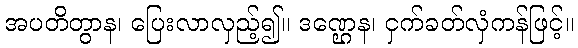
အပတိတွာန၊ ပြေးလာလှည့်၍။ ဒဏ္ဌေန၊ ငှက်ခတ်လှံကန်ဖြင့်။